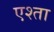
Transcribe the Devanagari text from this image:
एश्ता